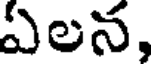
ఏలన,